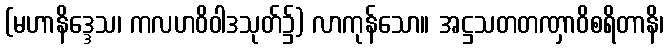
(မဟာနိဒ္ဒေသ၊ ကလဟဝိဝါဒသုတ်၌) လာကုန်သော။ အဋ္ဌသတတဏှာဝိစရိတာနိ၊